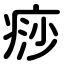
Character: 痧